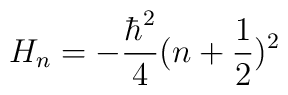
H_{n}=-\frac{\hbar ^{2}}{4}(n+\frac{1}{2})^{2}